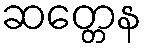
ဆတ္တေန